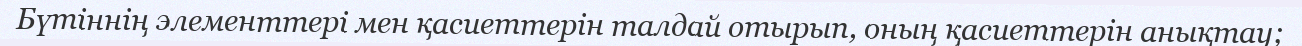
Бүтіннің элементтері мен қасиеттерін талдай отырып, оның қасиеттерін анықтау;